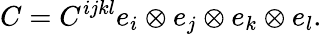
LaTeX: C=C^{ijkl}e_{i}\otimes e_{j}\otimes e_{k}\otimes e_{l}.